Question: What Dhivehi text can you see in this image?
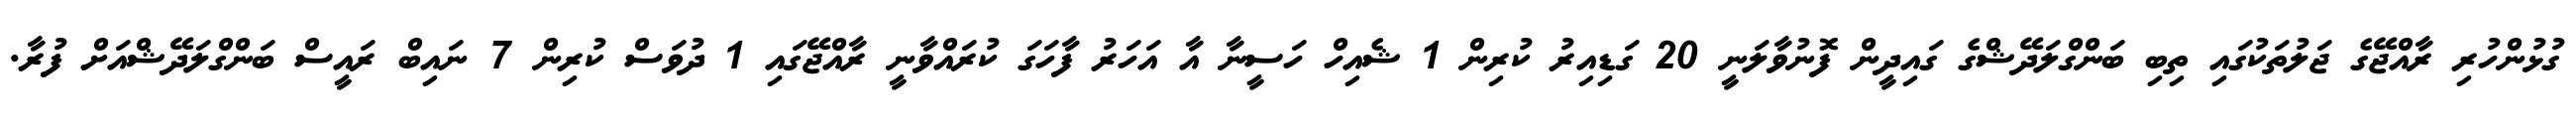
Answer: ގުޅުންހުރި ރާއްޖޭގެ ޖަލުތަކުގައި ތިބި ބަންގްލަދޭޝްގެ ގައިދީން ފޮނުވާލަނީ 20 ގަޑިއިރު ކުރިން 1 ޝެއިހް ހަސީނާ އާ އަހަރު ފާހަގަ ކުރައްވާނީ ރާއްޖޭގައި 1 ދުވަސް ކުރިން 7 ނައިބް ރައީސް ބަންގްލަދޭޝްއަށް ފުރާ.